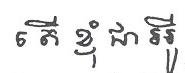
តើខ្ញុំជាអូី